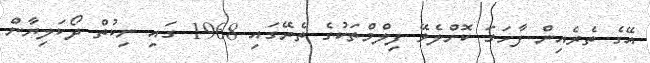
އޭގެ ތެރެއިން ފާހަގަ ކޮށްލެވޭ ފިލްމްތަކުގެ ތެރޭގައި 1968 ގައި ނިކުތް ދޯކަލިޔާން